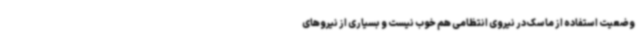
وضعیت استفاده از ماسک در نیروی انتظامی هم خوب نیست و بسیاری از نیروهای